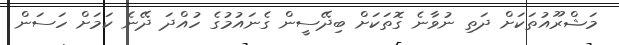
މަޝްރޫއުތަކަށް ދަތި ނުވާނެ ގޮތަކަށް ބިދޭސީން ގެނައުމުގެ ހުއްދަ ދޭނެ ކަމަށް ހަސަން